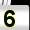
Digit: 5